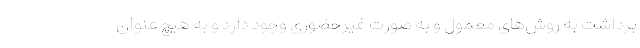
برداشت به روش‌های معمول و به صورت غیرحضوری وجود دارد و به هیچ عنوان